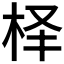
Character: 𰗛